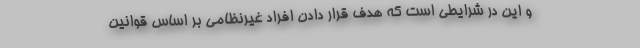
و این در شرایطی است که هدف قرار دادن افراد غیرنظامی بر اساس قوانین